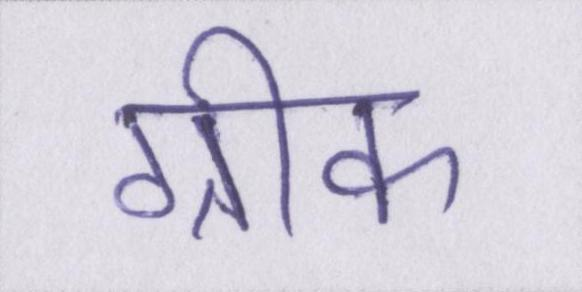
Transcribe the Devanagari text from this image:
ग्रीक